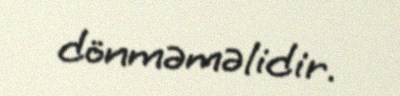
dönməməlidir.